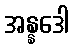
အန္နဒေါ